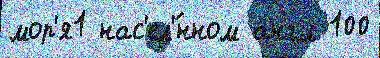
мор'я1 нас'ел'́нном англ 100